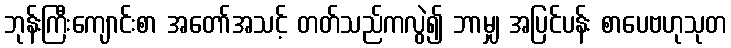
ဘုန်းကြီးကျောင်းစာ အတော်အသင့် တတ်သည်ကလွဲ၍ ဘာမျှ အပြင်ပန်း စာပေဗဟုသုတ